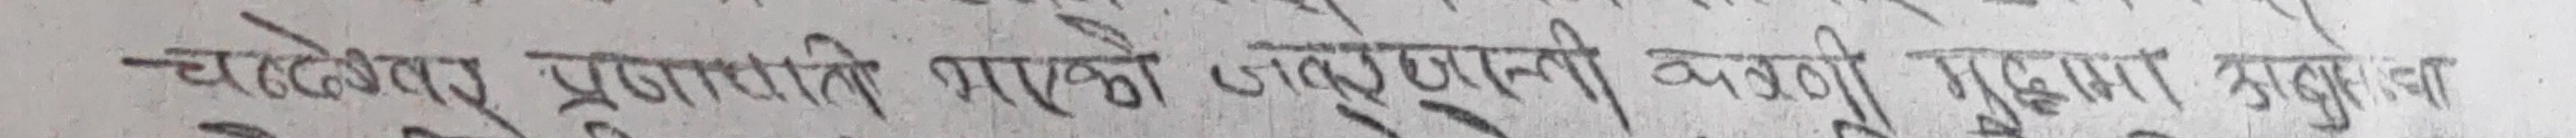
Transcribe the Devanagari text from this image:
-चहतेश्वर प्रजापति भएको (लडपूष) बनी मुश्या त्राबुका